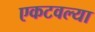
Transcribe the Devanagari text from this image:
एकटवल्या